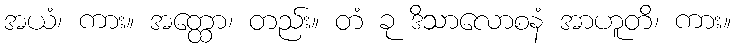
အယံ၊ ကား။ အတ္ထော၊ တည်း။ တံ ခု ဒိသာလောစနံ အာဟူတိ၊ ကား။